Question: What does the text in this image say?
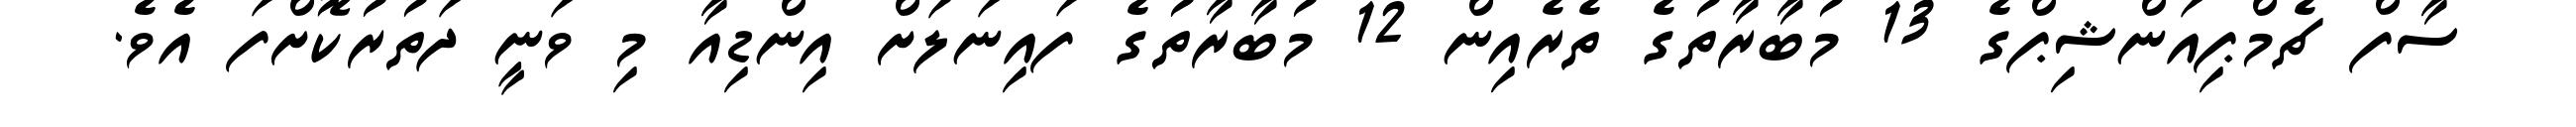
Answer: ސާފް ޗެމްޕިއަންޝިޕްގެ 13 މުބާރާތުގެ ތެރެއިން 12 މުބާރާތުގެ ފައިނަލަށް އިންޑިއާ މި ވަނީ ދަތުރުކޮށްފަ އެވެ.